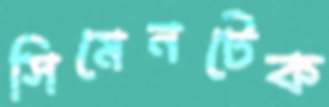
সিমেনটেক